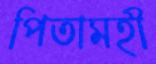
পিতামহী